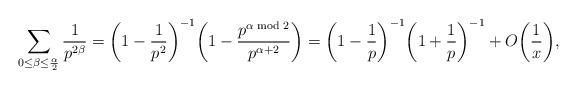
LaTeX: \begin{align*} \sum_{0 \le \beta \le \frac{\alpha}{2}} \frac{1}{p^{2\beta}} = \bigg(1 - \frac{1}{p^2}\bigg)^{-1} \bigg(1 - \frac{p^{\alpha \bmod 2}}{p^{\alpha + 2}}\bigg) = \bigg(1 - \frac{1}{p}\bigg)^{-1} \bigg(1 + \frac{1}{p}\bigg)^{-1} + O\bigg(\frac{1}{x}\bigg), \end{align*}